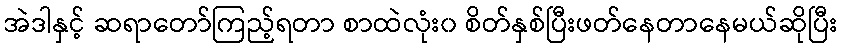
အဲဒါနှင့် ဆရာတော်ကြည့်ရတာ စာထဲလုံး၀ စိတ်နှစ်ပြီးဖတ်နေတာနေမယ်ဆိုပြီး